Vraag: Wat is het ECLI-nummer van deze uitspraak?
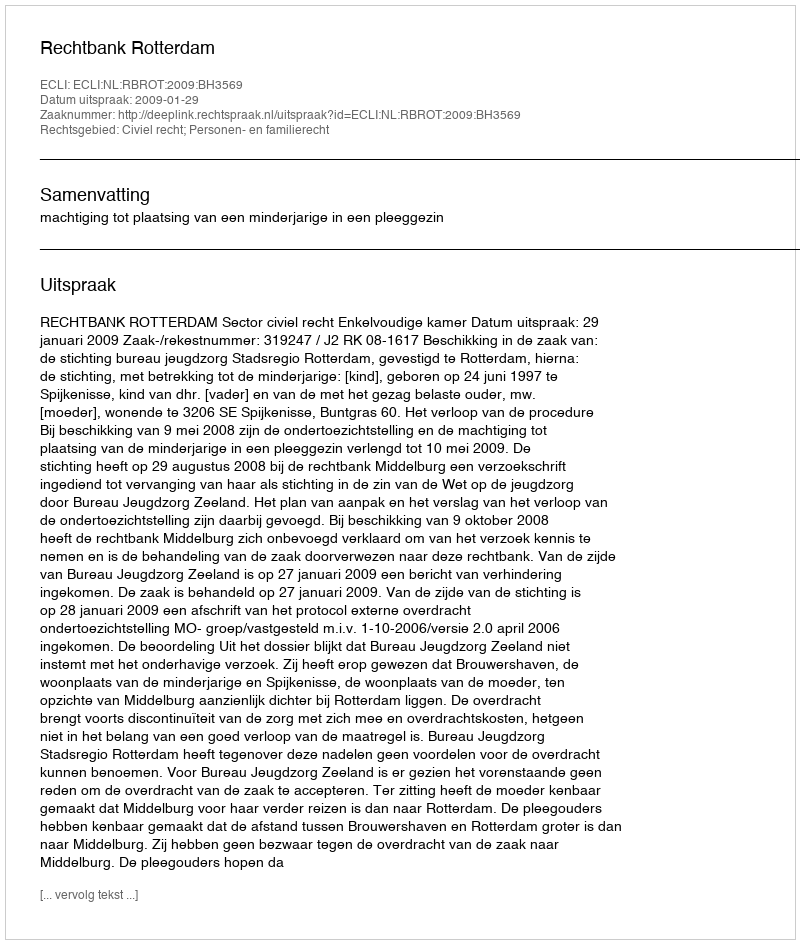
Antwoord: ECLI:NL:RBROT:2009:BH3569